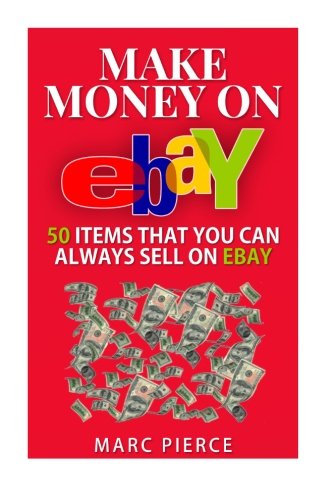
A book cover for Make Money On eBay: 50 Items That You Can Always Sell on eBay (Ebay Selling Made Easy) (Volume 1); Marc Pierce; Computers & Technology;